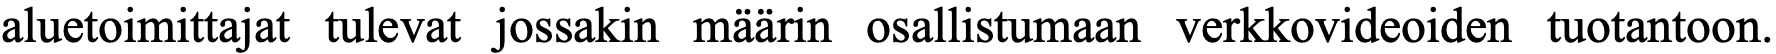
aluetoimittajat tulevat jossakin määrin osallistumaan verkkovideoiden tuotantoon.